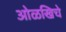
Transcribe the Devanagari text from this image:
ओळखिचे